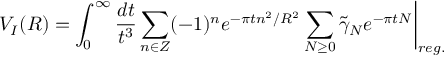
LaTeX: V _ { I } ( R ) = \int _ { 0 } ^ { \infty } \frac { d t } { t ^ { 3 } } \sum _ { n \in Z } ( - 1 ) ^ { n } e ^ { - \pi t n ^ { 2 } / R ^ { 2 } } \sum _ { N \geq 0 } \tilde { \gamma } _ { N } e ^ { - \pi t N } \bigg \vert _ { r e g . }